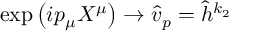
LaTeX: \exp \left( i p _ { \mu } X ^ { \mu } \right) \rightarrow \hat { v } _ { p } = \hat { h } ^ { k _ { 2 } }